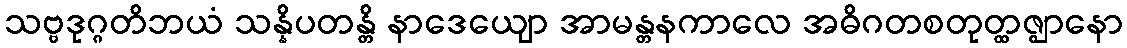
သဗ္ဗဒုဂ္ဂတိဘယံ သန္နိပတန္တိ နာဒေယျော အာမန္တနကာလေ အဓိဂတစတုတ္ထဇ္ဈာနော